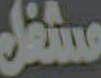
مستغل